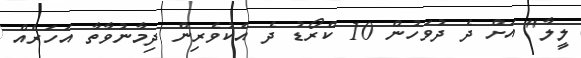
ލީލާ" އަށް ދެ ދުވަހުން 10 ކްރޯޑު ދެ އެކުވެރިން ދިމާނުވާތާ އަހަރެއް